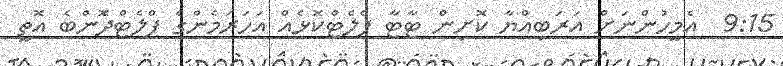
9:15  އެމީހުންނަށް އަރަބިއްޔާ ކޮށިން ޓާޓާ ފްލެޓްކޮޅެއް އަހަރަމެންގެ ފްލެޓްދެޮންބެ އޮތީ